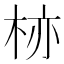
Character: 𱣗